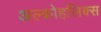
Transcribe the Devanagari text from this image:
अल्कोहलिक्स